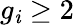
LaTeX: g_{\mathit{i}}\geq2